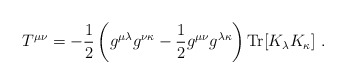
\begin{align*}T^{\mu\nu} = - {1\over2} \left( g^{\mu\lambda}g^{\nu\kappa} - {1\over2}g^{\mu\nu}g^{\lambda\kappa} \right) {\rm Tr} [ K_\lambda K_\kappa ] \ .\end{align*}